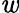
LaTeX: \mathit{w}